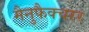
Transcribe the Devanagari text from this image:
मैनुफैक्चरर